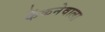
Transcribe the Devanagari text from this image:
फेंकनेवाला